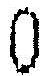
0